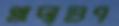
খাদ্যগুণ